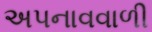
અપનાવવાળી